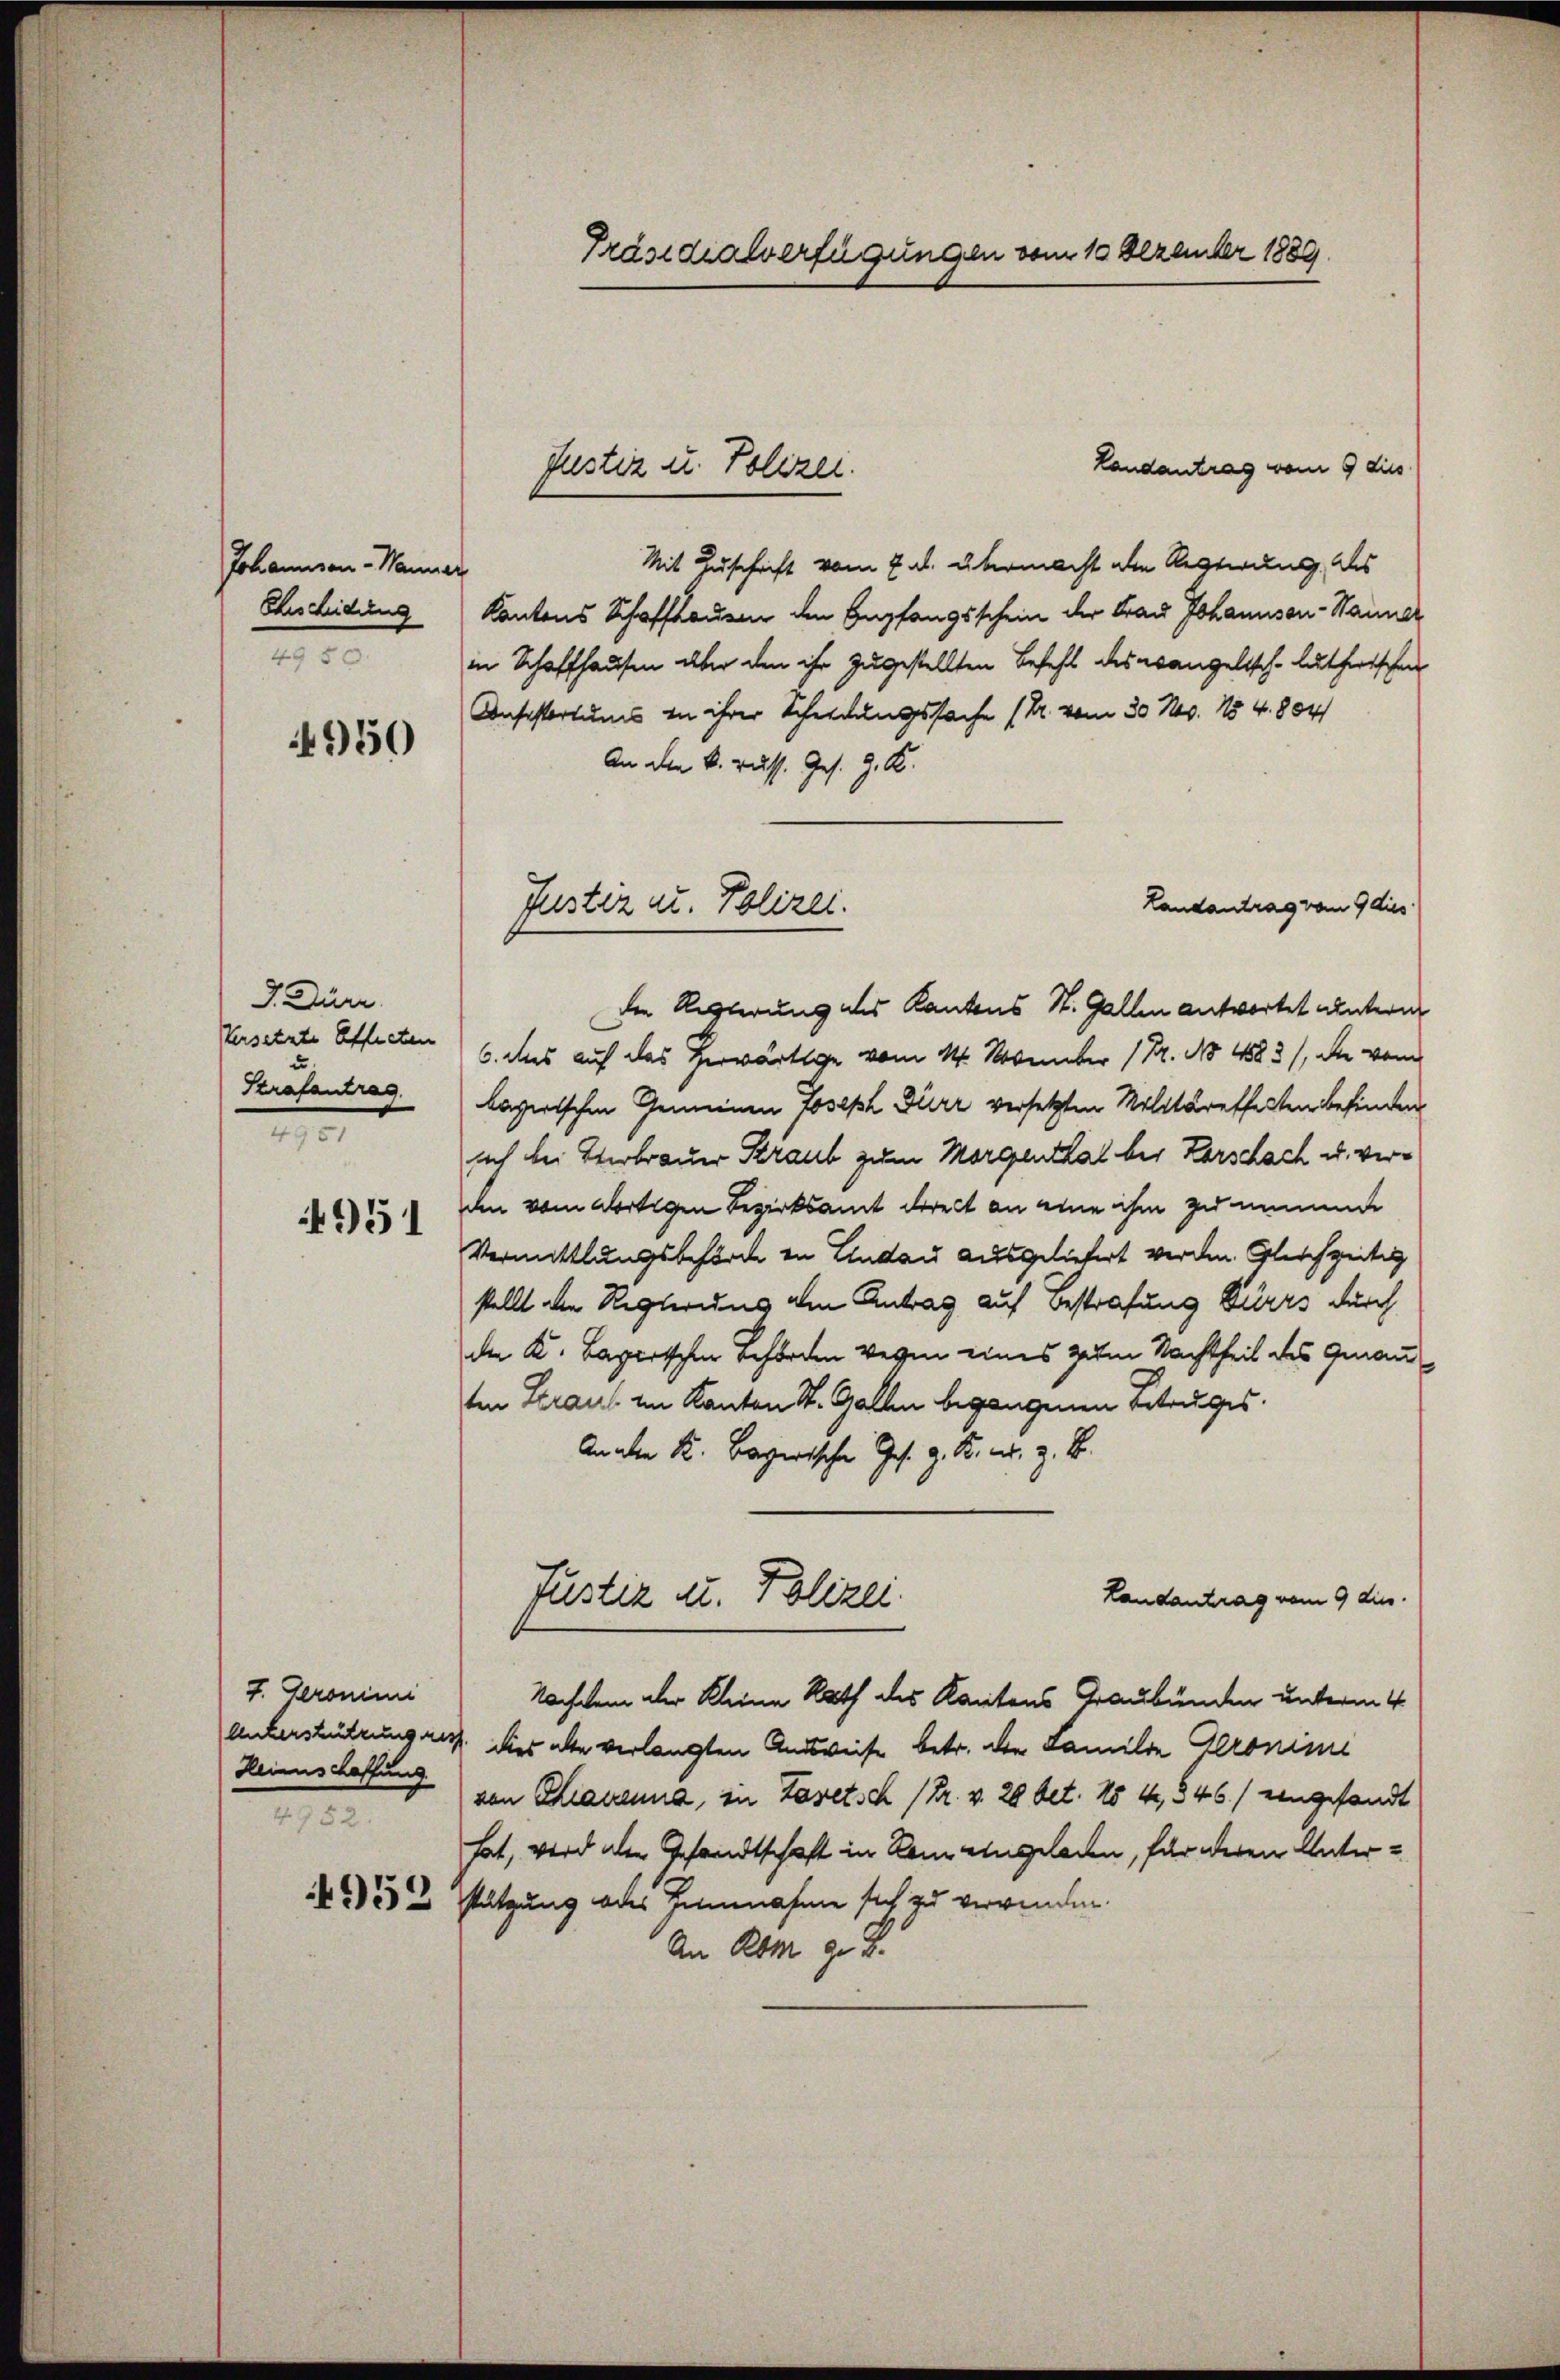
Johannien-Manns
Eheschidung
4950.

4950

J. Düre.
Versetzte Effecten
Strafantrag

4951

F. Geronimi
Heinschaffung
4952.

4952

Präsidialverfügungen vom 10 Dezember 1889.

Landantrag vom 9 dies
Mit Zuschrift vom 7. ds. übermacht die Regierung des
¬
Kantons Schaffhauer den Empfangsschein der Frau Johannsan-Stammer
in Schaffhausen aber den ihr zugestellten Befehl des evangelisch-lutherischen
Consistertums in ihrer Scheidungssache (R. vom 30. Nov. 154. 804
An den k. russ. Ges. G. K.
Die Regierung des Kantons St. Gallen antwortet unterm
6. das auf das herwärtige vom 14. November 12. No 4583), die vom
bayerischen Gemeinen Joseph Dürr versetzten Militäreffecten befinden
aich bei Vertrauer Straub zum Morgenthal bei Korschach u. verden vom dortigen Bezirksamt direct an eine ihm zu nimmte
Vermittlungsbehörde in Lindau ausgeliefert werden. Gleichzeitig
stellt den Regierung den Antrag auf Bestrafung Dürrs durch
de K. Bayerischen Behörden wegen eines zum Nachtheil des Genann
ten Heraus im Kanton St. Gallen begangenen Betrages.
An aber K. Bayerische Ges. z. B. u. z. B.
Justiz u. Polizei.
Landantrag vom 9 die
Nachdem aber Kleine Rath des Kantons Graubünden unterm 4
Unterstützungsrath dies alte verlangten Ausweise betr. den Familie Geronimi
von Chiavanna, in Zaretsch (Dr. v. 20 Oct. 15 4, 346.) eingesandt
hat, wird der Gesandtschaft in Rom eingeladen, für deren Unterstützung oder Zunahme sich zu verwenden.
An Rom g. T.

Justiz u. Polizei.

Landantrag vom 9 dies
Justiz u. Polizei.